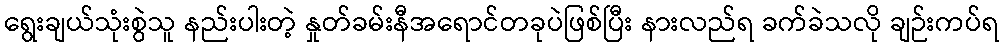
ရွေးချယ်သုံးစွဲသူ နည်းပါးတဲ့ နှုတ်ခမ်းနီအရောင်တခုပဲဖြစ်ပြီး နားလည်ရ ခက်ခဲသလို ချဉ်းကပ်ရ